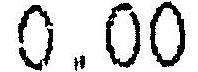
0.00